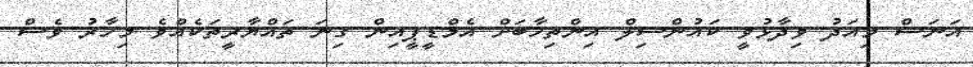
އަނަސް މިއަދު ވިދާޅުވީ ކައުންސިލް އިންތިހާބަށް އެމްޑީޕީއިން ގިނަ ތައްޔާރީތަކެއްވެ މިހާރު ވެސް